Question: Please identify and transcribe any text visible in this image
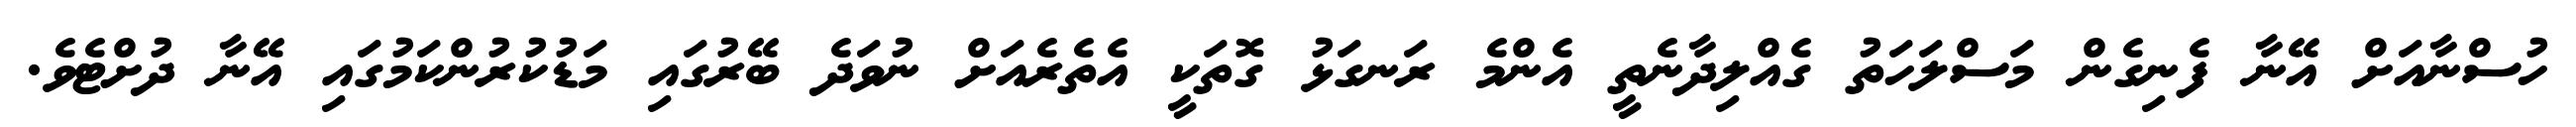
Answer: ހުސްނާއަށް އޭނާ ފެނިގެން މަސްލަހަތު ގެއްލިދާނެތީ އެންމެ ރަނގަޅު ގޮތަކީ އެތެރެއަށް ނުވަދެ ބޭރުގައި މަޑުކުރުންކަމުގައި އޭނާ ދުށްޓެވެ.